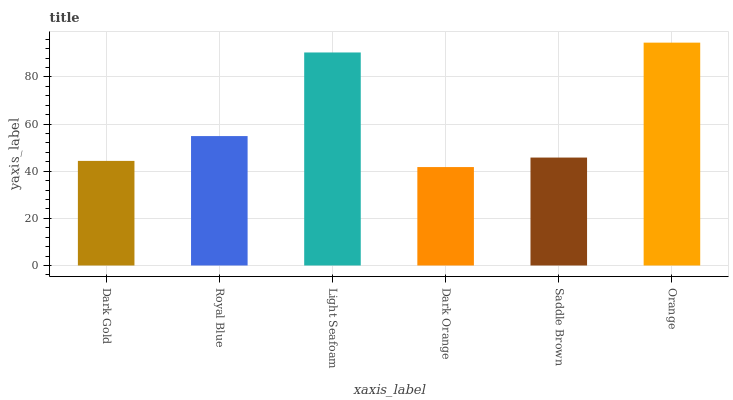
| xaxis_label | bars |
 | --- | --- |
 | Dark Gold | 44.4 |
 | Royal Blue | 54.9 |
 | Light Seafoam | 90.4 |
 | Dark Orange | 41.8 |
 | Saddle Brown | 45.8 |
 | Orange | 94.6 |